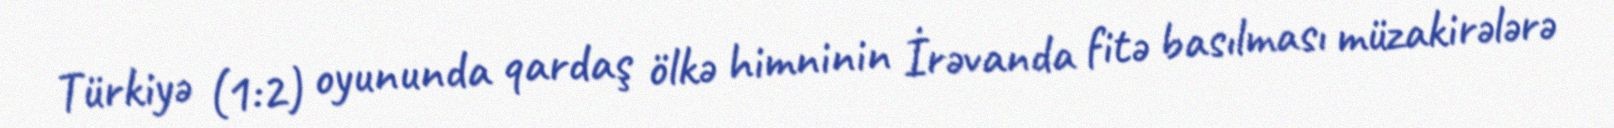
Türkiyə (1:2) oyununda qardaş ölkə himninin İrəvanda fitə basılması müzakirələrə